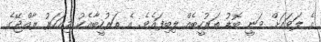
އެ ލަވައަށް ވަނީ ބޮޑު ތަރުހީބެއް ލިބިފައެވެ. އެ ތަރުހީބާއެކު މިއަހަރު ރާއްޖޭގެ